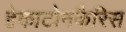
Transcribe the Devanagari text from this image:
हेकाटोनकैरिस